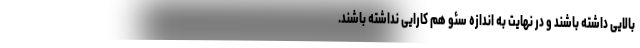
بالایی داشته باشند و در نهایت به اندازه سئو هم کارایی نداشته باشند.